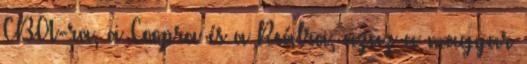
CBA-ra, a Coopra és a Reálra, azaz a magyar